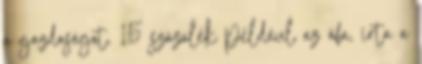
a gazdaságot, 15 százalék például az áfa, írta a